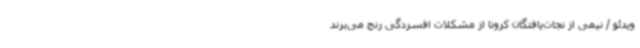
ویدئو / نیمی از نجات‌یافتگان کرونا از مشکلات افسردگی رنج می‌برند